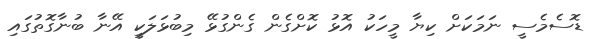
ޑޮސެމެސީ ނަމަކަށް ކިޔާ މީހަކު އޮޅު ކޮށްގެން ގެންގުޅޭ މިބުޅަލަކީ އޭނާ ބުނާގޮތުގައި